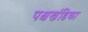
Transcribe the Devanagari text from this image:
पश्चखंडिका